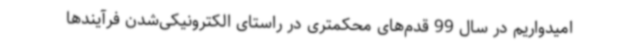
امیدواریم در سال 99 قدم‌های محکمتری در راستای الکترونیکی‌شدن فرآیندها